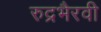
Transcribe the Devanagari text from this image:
रुद्रभैरवी